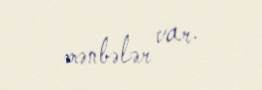
mənbələr var.